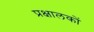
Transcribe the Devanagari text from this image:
प्रक्षालकों